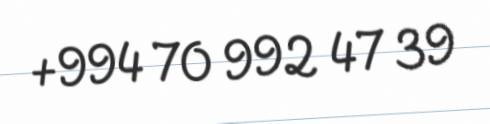
+994 70 992 47 39